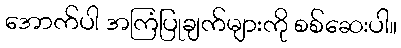
အောက်ပါ အကြံပြုချက်များကို စစ်ဆေးပါ။